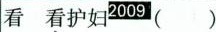
看 看护妇 ( )